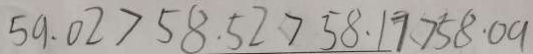
5 9 . 0 2 > 5 8 . 5 2 > 5 8 . 1 7 > 5 8 . 0 9